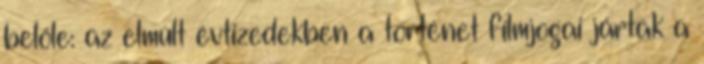
belőle: az elmúlt évtizedekben a történet filmjogai jártak a